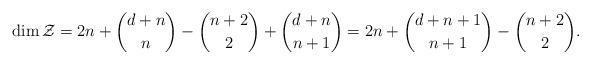
LaTeX: \begin{align*}\dim\mathcal{Z}=2n+ {{d+n}\choose {n}}-{{n+2}\choose {2}}+{{d+n}\choose {n+1}}=2n+ {{d+n+1}\choose {n+1}}-{{n+2}\choose {2}}.\end{align*}